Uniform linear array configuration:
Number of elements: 4
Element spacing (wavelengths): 0.25
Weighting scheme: hamming
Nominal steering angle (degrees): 0
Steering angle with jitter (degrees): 0.9473
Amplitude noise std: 0.05
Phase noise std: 0.05

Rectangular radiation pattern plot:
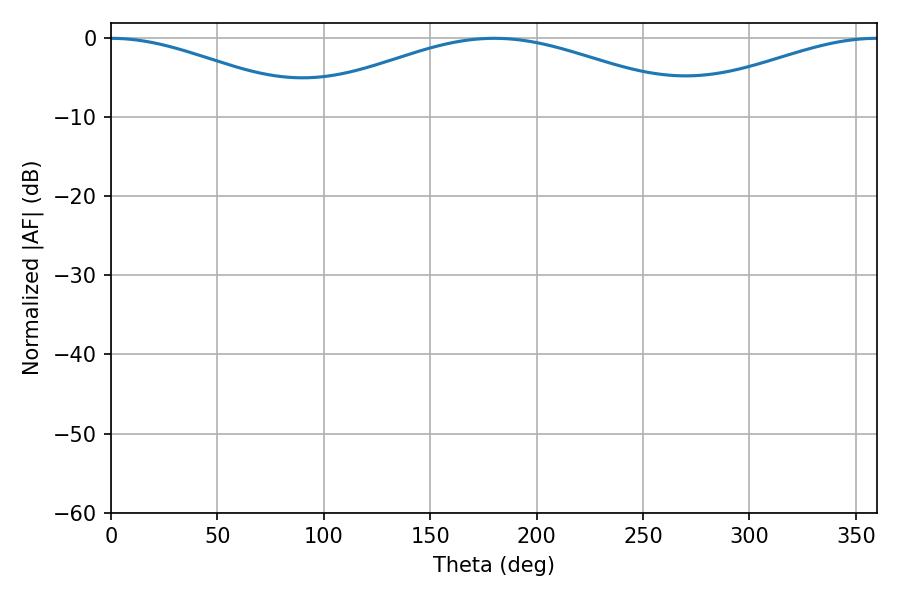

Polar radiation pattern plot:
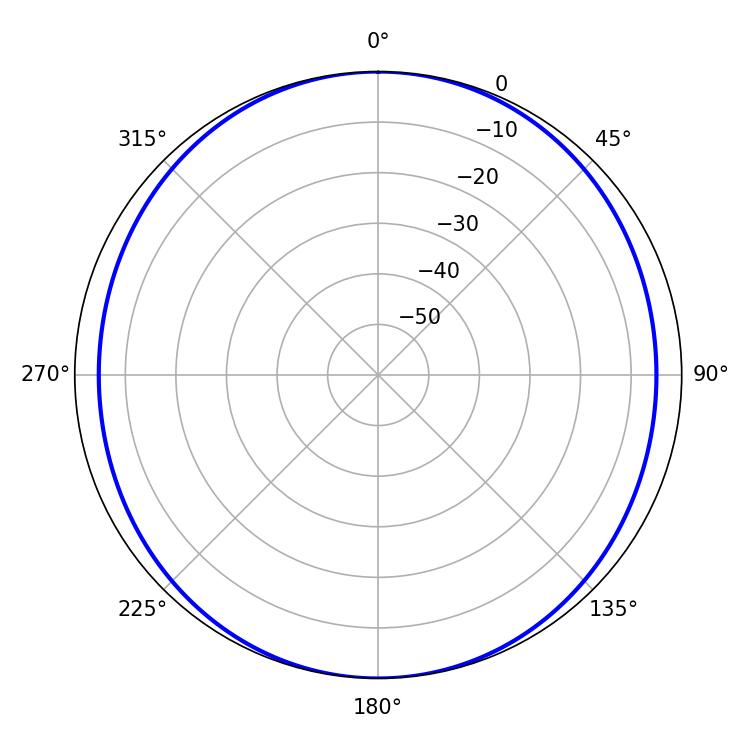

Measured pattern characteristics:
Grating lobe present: FALSE
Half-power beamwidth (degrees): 104.22
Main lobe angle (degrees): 180.18